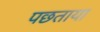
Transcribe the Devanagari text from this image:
पछताया